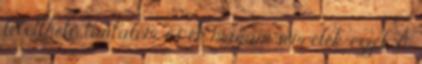
letölthető tartalom, és én magam sem élek ezzel. A